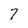
Character: 7